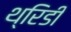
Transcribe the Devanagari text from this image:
थ्रिडी